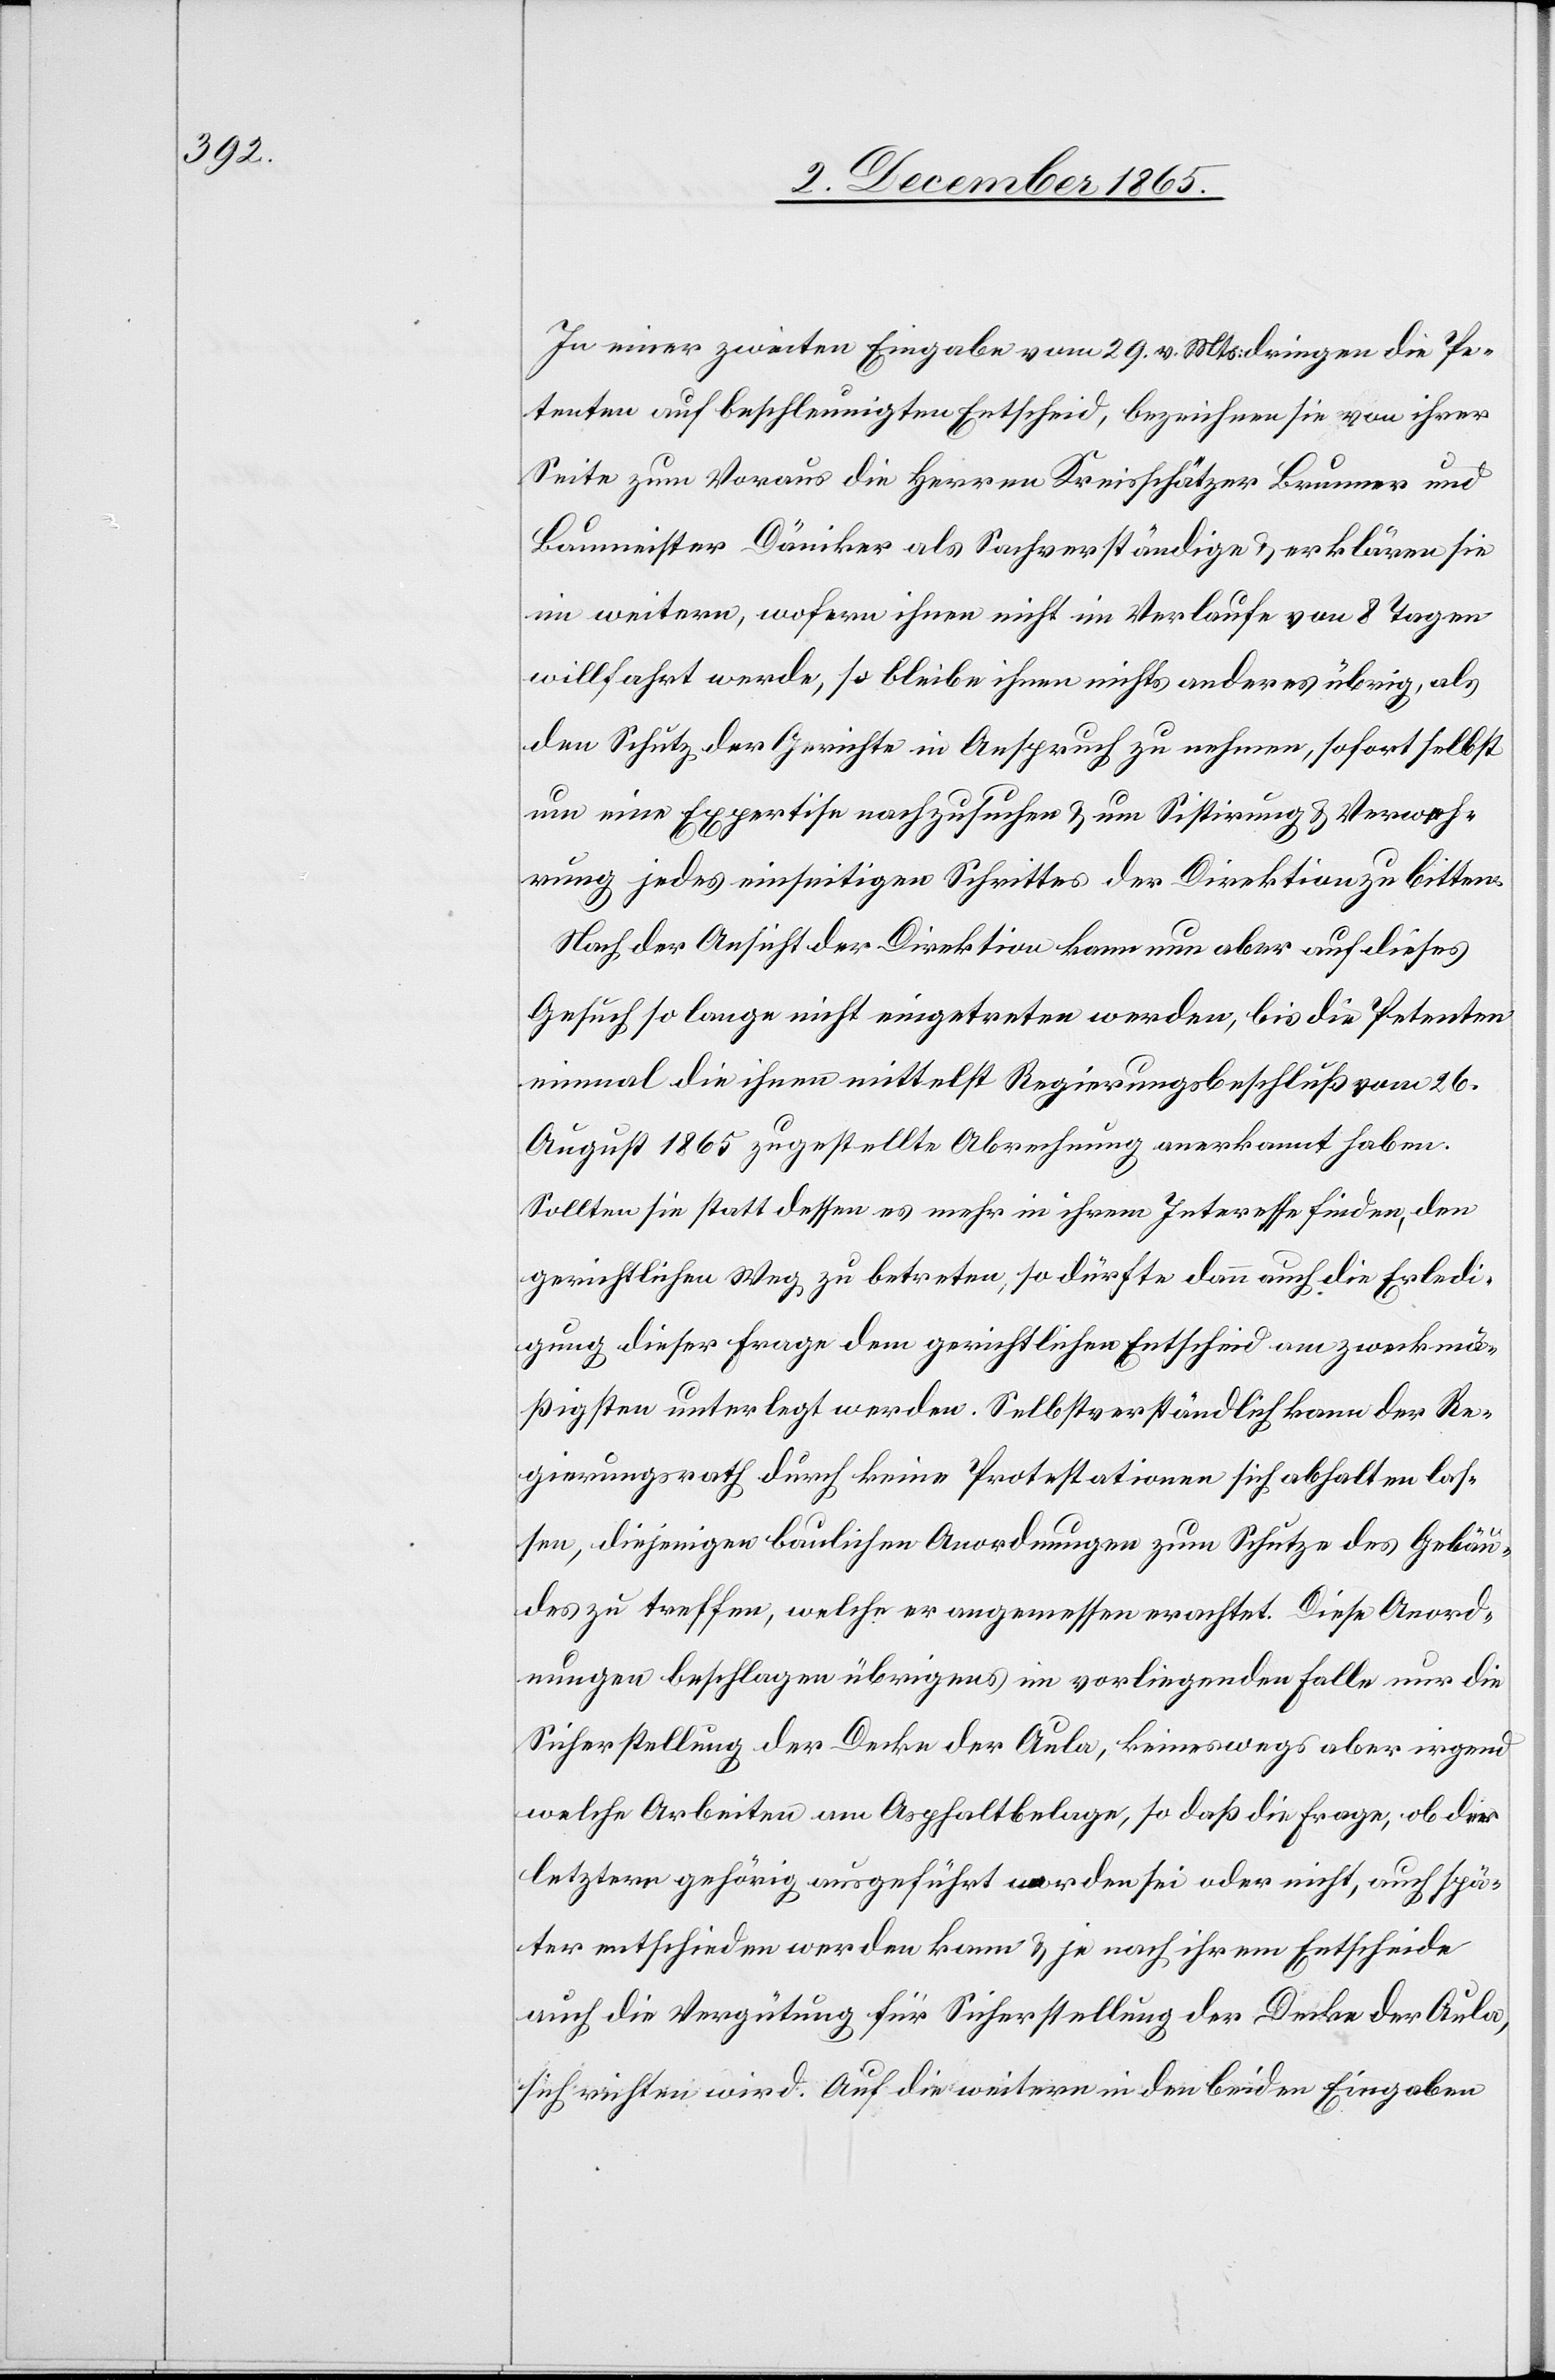
In einer zweiten Eingabe vom 29. v. Mt. dringen die Pe¬
tenten auf beschleunigten Entscheid, bezeichnen sie von ihrer
Seite zum Voraus die Herren Kreisschätzer Brunner und
Baumeister Däniker als Sachverständige & erklären sie
im weitern, wofern ihnen nicht im Verlaufe von 8 Tagen
willfahrt werde, so bleibe ihnen nichts anderes übrig, als
den Schutz der Gerichte in Anspruch zu nehmen, sofort selbst
um eine Expertise nachzusuchen & um Sistirung & Verweh¬
rung jedes einseitigen Schrittes der Direktion zu bitten.
Nach der Ansicht der Direktion kann nun aber auf dieses
Gesuch so lange nicht eingetreten werden, bis die Petenten
einmal die ihnen mittelst Regierungsbeschluß vom 26.
August 1865 zugestellte Abrechnung anerkannt haben.
Sollten sie statt dessen es mehr in ihrem Interesse finden, den
gerichtlichen Weg zu betreten, so dürfte dann auch die Erledi¬
gung dieser Frage dem gerichtlichen Entscheid am zweckmä¬
ßigsten unterlegt werden. Selbstverständlich kann der Re¬
gierungsrath durch keine Protestationen sich abhalten las¬
sen, diejenigen baulichen Anordnungen zum Schutze des Gebäu¬
des zu treffen, welche er angemessen erachtet. Diese Anord¬
nungen beschlagen übrigens im vorliegenden Falle nur Si¬
cherstellung der Decke der Aula, keineswegs aber irgend
welcher Arbeiten am Asphaltbelage, so daß die Frage, ob die
letztere gehörig ausgeführt worden sei oder nicht, auch spä¬
ter entschieden werden kann & je nach ihrem Entscheide
auch die Vergütung für Sicherstellung der Decke der Aula,
sich richten wird. Auf die weitern in den beiden Eingaben